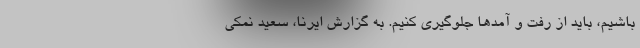
باشیم، باید از رفت و آمدها جلوگیری کنیم. به گزارش ایرنا، سعید نمکی